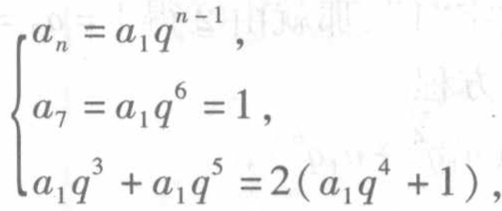
$\begin{cases}
a_{n}=a_{1}q^{n - 1},\\
a_{7}=a_{1}q^{6}=1,\\
a_{1}q^{3}+a_{1}q^{5}=2(a_{1}q^{4}+1),
\end{cases}$